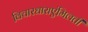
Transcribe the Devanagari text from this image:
विचारधाराएंमिलती